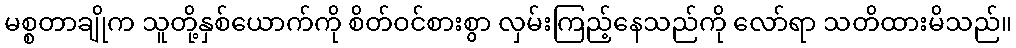
မစ္စတာချိုက သူတို့နှစ်ယောက်ကို စိတ်ဝင်စားစွာ လှမ်းကြည့်နေသည်ကို လော်ရာ သတိထားမိသည်။